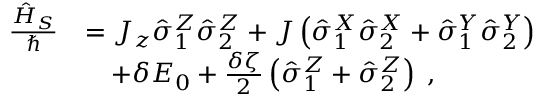
\begin{array} { r l } { \frac { \hat { H } _ { S } } { \hbar } } & { = J _ { z } \hat { \sigma } _ { 1 } ^ { Z } \hat { \sigma } _ { 2 } ^ { Z } + J \left( \hat { \sigma } _ { 1 } ^ { X } \hat { \sigma } _ { 2 } ^ { X } + \hat { \sigma } _ { 1 } ^ { Y } \hat { \sigma } _ { 2 } ^ { Y } \right) } \\ & { \quad + \delta E _ { 0 } + \frac { \delta \zeta } { 2 } \left( \hat { \sigma } _ { 1 } ^ { Z } + \hat { \sigma } _ { 2 } ^ { Z } \right) \; , } \end{array}